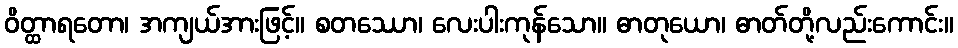
ဝိတ္ထာရတော၊ အကျယ်အားဖြင့်။ စတဿော၊ လေးပါးကုန်သော။ ဓာတုယော၊ ဓာတ်တို့လည်းကောင်း။